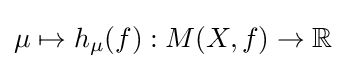
\mu \mapsto h_{\mu }(f):M(X,f)\rightarrow \mathbb {R}